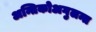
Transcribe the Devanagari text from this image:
अन्तिकोअगुलन्त